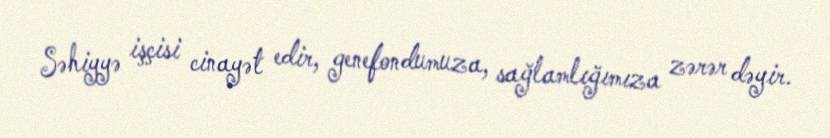
Səhiyyə işçisi cinayət edir, genefondumuza, sağlamlığımıza zərər dəyir.